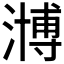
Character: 𣽡